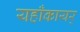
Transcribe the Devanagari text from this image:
यहाँकायर्